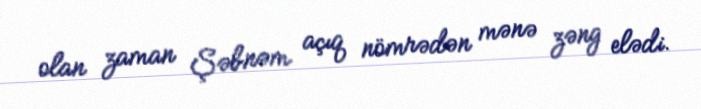
olan zaman Şəbnəm açıq nömrədən mənə zəng elədi.